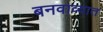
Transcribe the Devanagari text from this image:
बनवाव्यात